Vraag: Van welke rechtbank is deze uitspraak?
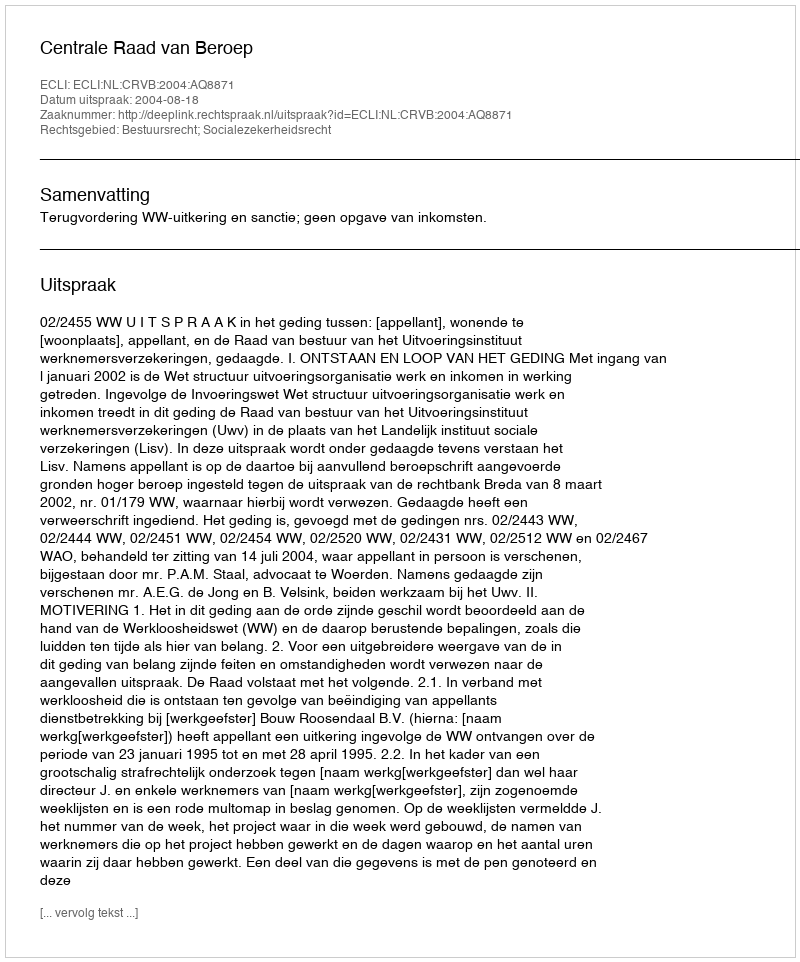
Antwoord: Centrale Raad van Beroep